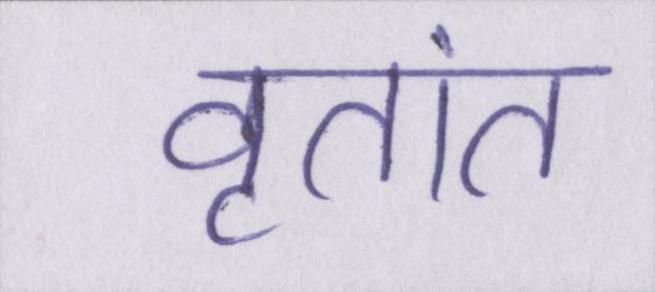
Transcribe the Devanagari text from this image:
वृतांत